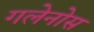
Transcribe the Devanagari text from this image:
गलेनोस